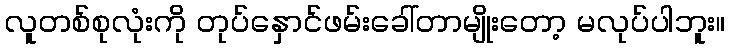
လူတစ်စုလုံးကို တုပ်နှောင်ဖမ်းခေါ်တာမျိုးတော့ မလုပ်ပါဘူး။